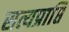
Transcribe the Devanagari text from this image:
सत्यप्राप्ति